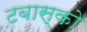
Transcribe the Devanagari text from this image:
टबास्को